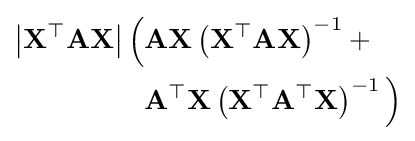
{\begin{aligned}\left|\mathbf {X^{\top }} \mathbf {A} \mathbf {X} \right|{\Big (}&\mathbf {AX} \left(\mathbf {X^{\top }AX} \right)^{-1}+{}\\&\mathbf {A^{\top }X} \left(\mathbf {X^{\top }A^{\top }X} \right)^{-1}{\Big )}\end{aligned}}